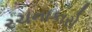
રચનાકારો